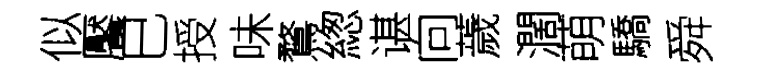
似饜巳授味鶩緫谌向薉濶萌驕舜